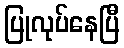
ပြုလုပ်နေပြီ